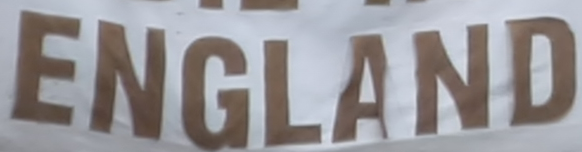
ENGLAND